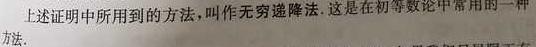
上述证明中所用到的方法，叫作无穷递降法. 这是在初等数论中常用的一种方法.